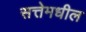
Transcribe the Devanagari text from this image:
सत्तेमधील